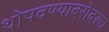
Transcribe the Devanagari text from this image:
थोपवण्याबरोबरच